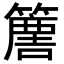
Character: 𥴿